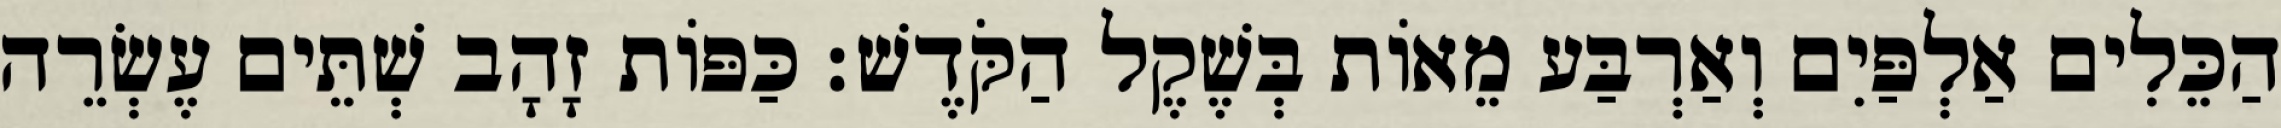
הַכֵּלִים אַלְפַּיִם וְאַרְבַּע מֵאוֹת בְּשֶׁקֶל הַקֹּדֶשׁ׃ כַּפּוֹת זָהָב שְׁתֵּים עֶשְׂרֵה